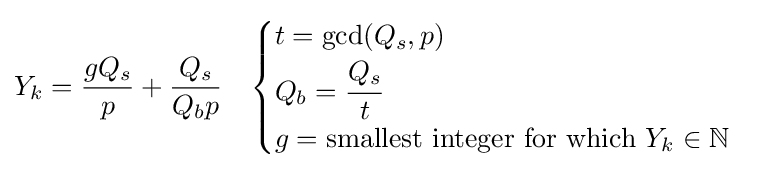
Y_{k}={\frac {gQ_{s}}{p}}+{\frac {Q_{s}}{Q_{b}p}}\quad {\begin{cases}t={\mbox{gcd}}(Q_{s},p)\\Q_{b}={\cfrac {Q_{s}}{t}}\\g={\mbox{smallest integer for which}}\ Y_{k}\in \mathbb {N} \\\end{cases}}